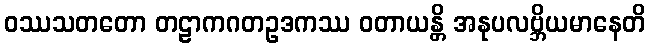
ဝဿသတတော တဠာကဂတဥဒကဿ ဝတာယန္တိ အနုပလဗ္ဘိယမာနေတိ